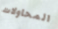
المحاولات